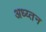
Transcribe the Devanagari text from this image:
अध्य्तन